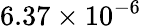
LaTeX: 6.37\times 10^{-6}